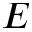
E